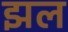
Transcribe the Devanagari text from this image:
झल